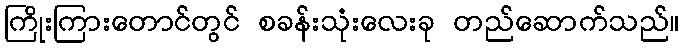
ကြိုးကြားတောင်တွင် စခန်းသုံးလေးခု တည်ဆောက်သည်။